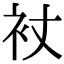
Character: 𧘓